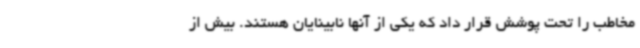
مخاطب را تحت پوشش قرار داد که یکی از آنها نابینایان هستند. بیش از